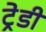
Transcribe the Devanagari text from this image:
ट्रेडी